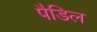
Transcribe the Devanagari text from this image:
पैडिल